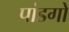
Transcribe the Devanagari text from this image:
पांडगो